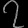
Digit: ၇